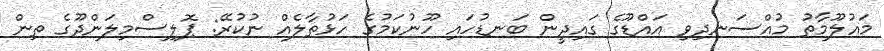
މައުލޫމާތު މުއްސަނދިވި އައްޑޫގެ ގައިދީން ބަނޑުހައި ހޫނުކަމުގެ ހަޅުތާލެއް ނުކުރޭ: ޕޮލިސްމިލަންދޫގެ ތިން